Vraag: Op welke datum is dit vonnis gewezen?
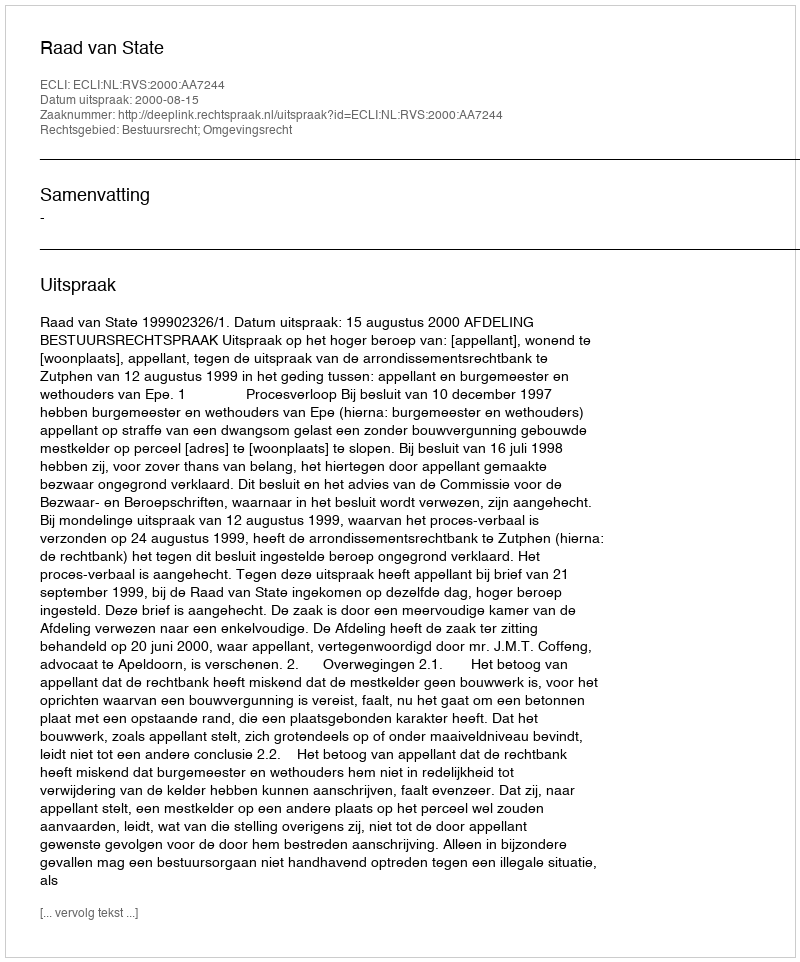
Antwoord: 2000-08-15